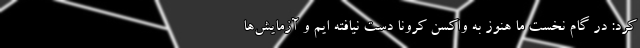
کرد: در گام نخست ما هنوز به واکسن کرونا دست نیافته ایم و آزمایش‌ها